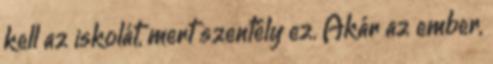
kell az iskolát, mert szentély ez. Akár az ember,